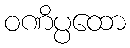
ဝဏိပ္ပထော